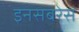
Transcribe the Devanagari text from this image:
इनसबरेस